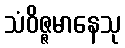
သံဝိဇ္ဇမာနေသု